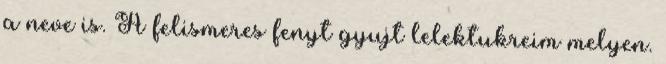
a neve is. A felismeres fenyt gyujt lelektukreim melyen.